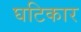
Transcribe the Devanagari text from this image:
घटिकार